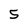
Character: 5